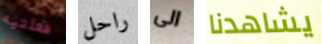
فعلتيه راحل الى يشاهدنا